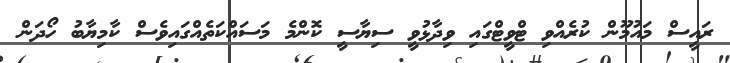
ރައީސް މައުމޫން ކުރެއްވި ޓްވީޓްގައި ވިދާޅުވީ ސިޔާސީ ކޮންމެ މަސައްކަތެއްގައިވެސް ކާމިޔާބު ހޯދަން